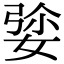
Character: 𡝡